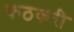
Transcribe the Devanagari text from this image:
कठकरी